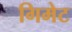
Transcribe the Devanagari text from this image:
गिमेट